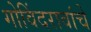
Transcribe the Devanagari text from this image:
गोविंदरावांचे